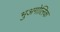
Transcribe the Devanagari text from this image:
भुअगोलिक